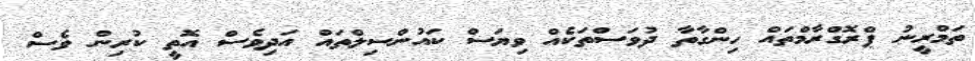
ތަމްރީނު ޕްރޮގްރާމްތައް ހިންގާތާ ދުވަސްތަކެއް ވިޔަސް ކައުންސިލްތައް އަދިވެސް އޮތީ ކުރިން ވެސް